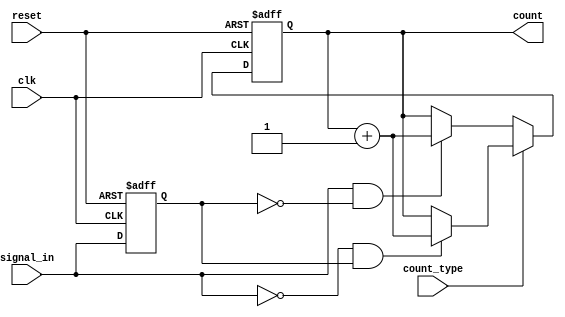
module edge_counter (
    input wire clk,              // Clock signal
    input wire reset,            // Active-high reset signal
    input wire signal_in,        // Input signal to count edges
    input wire count_type,       // Control signal for edge type (0: rising, 1: falling)
    output reg [31:0] count      // 32-bit counter output
);

    reg signal_in_prev;          // Register to hold the previous state of signal_in

    // Always block to handle the edge detection and counting
    always @(posedge clk or posedge reset) begin
        if (reset) begin
            count <= 32'b0;      // Reset the count to zero
            signal_in_prev <= 1'b0; // Initialize previous signal state
        end else begin
            // Edge detection logic
            if (count_type == 1'b0) begin // Count rising edges
                if (signal_in == 1'b1 && signal_in_prev == 1'b0) begin
                    count <= count + 1; // Increment count on rising edge
                end
            end else begin // Count falling edges
                if (signal_in == 1'b0 && signal_in_prev == 1'b1) begin
                    count <= count + 1; // Increment count on falling edge
                end
            end
            
            // Update previous state
            signal_in_prev <= signal_in;
        end
    end

endmodule